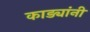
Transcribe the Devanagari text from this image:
काड्यांनी